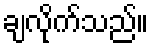
ချလိုက်သည်။